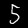
Label: 5